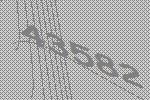
43582